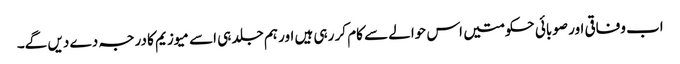
اب وفاقی اور صوبائی حکومتیں اس حوالے سے کام کر رہی ہیں اور ہم جلد ہی اسے میوزیم کا درجہ دے دیں گے۔